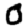
Digit: 0